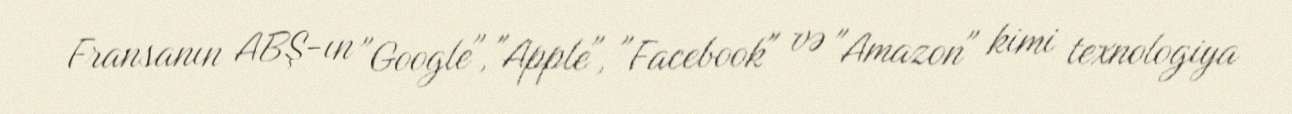
Fransanın ABŞ-ın "Google", "Apple", "Facebook" və "Amazon" kimi texnologiya